Triennial report on the lunatic asylums in the province of Eastern Bengal and Assam - 1903-1911
Year: 1903
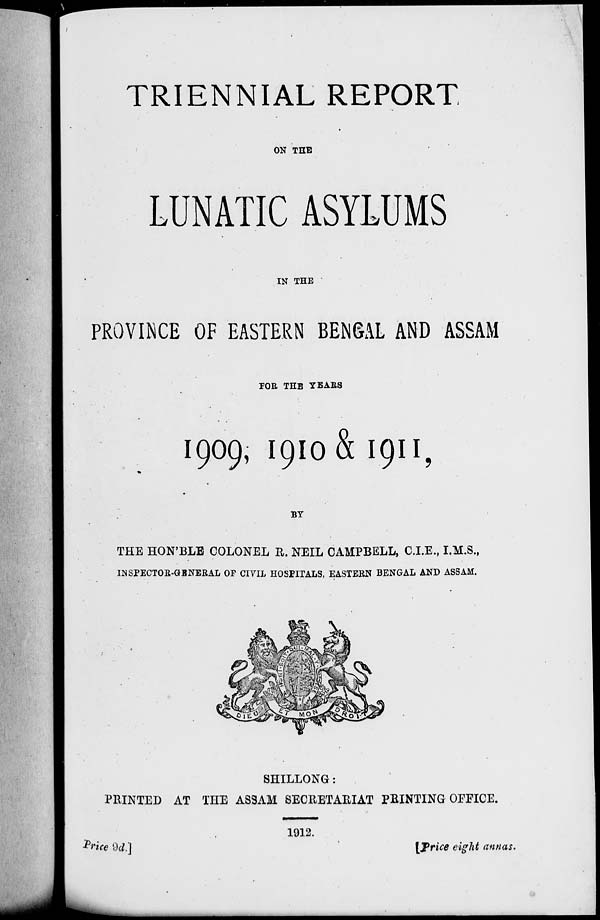
TRIENNIAL REPORT
ON THE
LUNATIC ASYLUMS
IN THE
PROVINCE OF EASTERN BENGAL AND ASSAM
FOR THE YEARS
1909, 1910 & 1911,
BY
THE HON'BLE COLONEL R. NEIL CAMPBELL, C.I.E., I.M.S.,
INSPECTOR-GENERAL OF CIVIL HOSPITALS, EASTERN BENGAL AND ASSAM.
SHILLONG:
PRINTED AT THE ASSAM SECRETARIAT PRINTING OFFICE.
1912.
Price 9d.]
[Price eight annas.